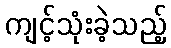
ကျင့်သုံးခဲ့သည့်